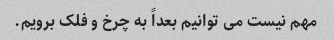
مهم نیست می توانیم بعداً به چرخ و فلک برویم.